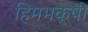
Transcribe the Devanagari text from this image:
हिमभक्षी